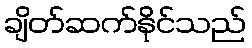
ချိတ်ဆက်နိုင်သည်